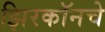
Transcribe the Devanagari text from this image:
झिरकॉनचे